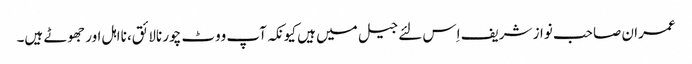
عمران صاحب نواز شریف اِس لئے جیل میں ہیں کیونکہ آپ ووٹ چور نالائق، نااہل اور جھوٹے ہیں۔